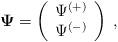
LaTeX: \begin{align*}{\bf \Psi}=\left(\begin{array}{c}\Psi^{(+)}\\ \Psi^{(-)} \end{array}\right)\;,\end{align*}